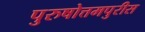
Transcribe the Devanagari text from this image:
पुरुषोत्तमपुरीस